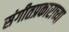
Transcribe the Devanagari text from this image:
संगीतप्रकाराच्या